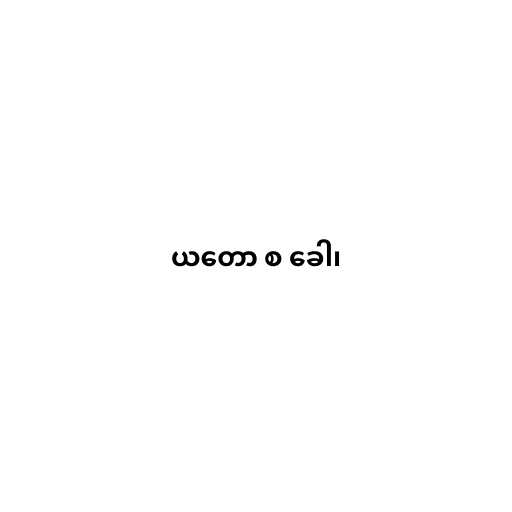
ယတော စ ခေါ၊